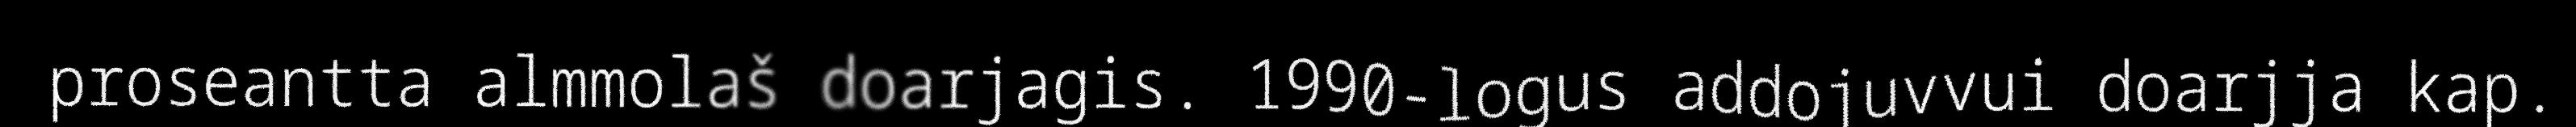
proseantta almmolaš doarjagis. 1990-logus addojuvvui doarjja kap.